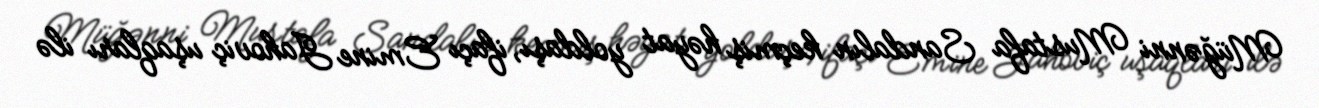
Müğənni Mustafa Sandalın keçmiş həyat yoldaşı, ifaçı Emine Jahoviç uşaqları ilə